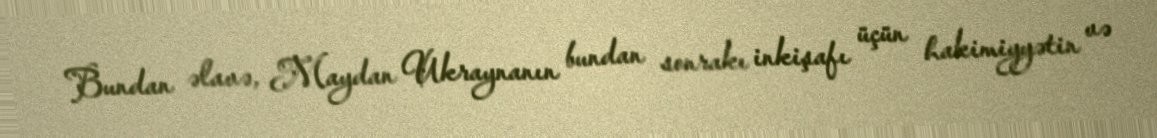
Bundan əlavə, Maydan Ukraynanın bundan sonrakı inkişafı üçün hakimiyyətin və